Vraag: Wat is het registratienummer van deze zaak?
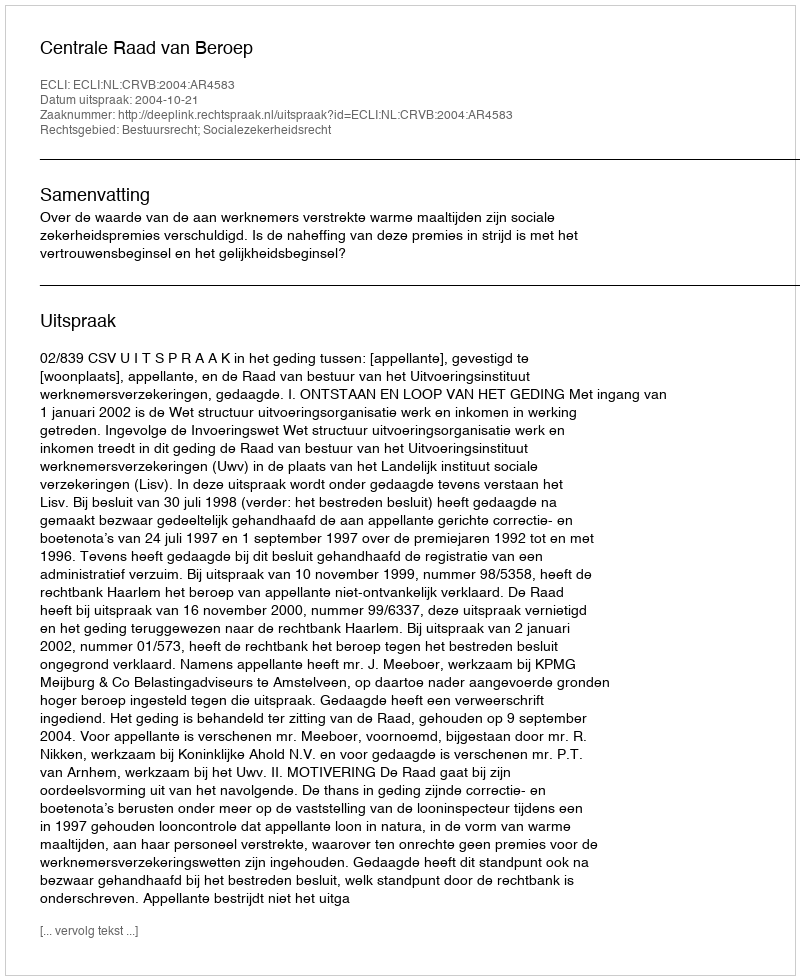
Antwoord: http://deeplink.rechtspraak.nl/uitspraak?id=ECLI:NL:CRVB:2004:AR4583